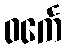
ဝင်္ကေ